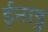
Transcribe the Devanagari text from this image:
ईनाडु